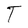
Character: T